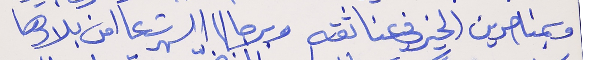
وبمناصرين الخير في عنا ثقه   وبرجالا السهرت عا امن بلادها